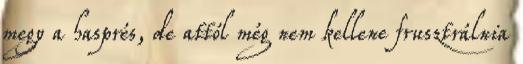
megy a hasprés, de attól még nem kellene frusztrálnia